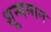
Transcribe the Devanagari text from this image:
शून्यमान